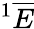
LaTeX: ^1\overline{{E}}